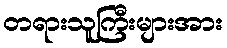
တရားသူကြီးများအား